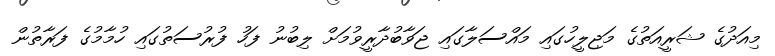
މިއަދުގެ ޝަރީއަތުގެ މަޖިލީހުގައި މައްސަލާގައި ޖަވާބުދާރީވުމަށް ލިބުނު ފަހު ފުރުސަތުގައި ހުމާމުގެ ފަރާތުން